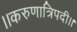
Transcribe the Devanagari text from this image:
।।करुणात्रिपदी।।